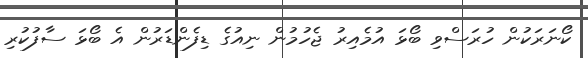
ކޯނަރަކުން ހުރަސްވި ބޯޅަ އުމެއިރު ޖެހުމުން ނިއުގެ ޑިފެންޑަރުން އެ ބޯޅަ ސާފުކުރި